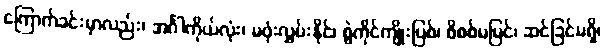
ကြောက်ခင်းမှာလည်း၊ အင်္ဂါကိုယ်လုံး၊ မဖုံးလွှမ်းနိုင်၊ စွဲကိုင်ကျိုးပြစ်၊ စိစစ်မမြင်၊ ဆင်ခြင်မရှိ၊